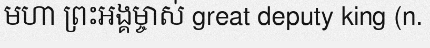
មហា ព្រះអង្គម្ចាស់ great deputy king (n.